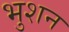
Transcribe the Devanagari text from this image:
भुशन